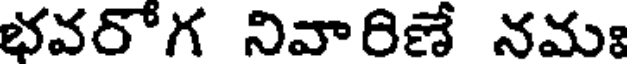
భవరోగ నివారిణే నమః